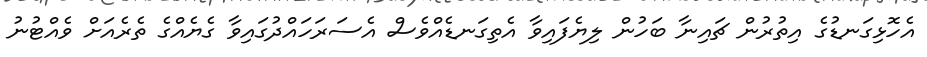
އެހޮޅިގަނޑުގެ އިތުރުން ޗައިނާ ބަހުން ލިޔެފައިވާ އެތިގަނޑެއްވެސް އެސަރަހައްދުގައިވާ ގެޔެއްގެ ތެރެއަށް ވެއްޓުނު